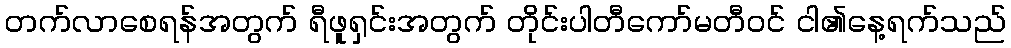
တက်လာစေရန်အတွက် ရီဖူရှင်းအတွက် တိုင်းပါတီကော်မတီဝင် ငါ၏နေ့ရက်သည်